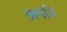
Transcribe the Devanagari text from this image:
श्रपति